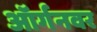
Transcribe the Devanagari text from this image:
ऑर्गनवर